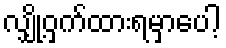
လျှို့ဝှက်ထားရမှာပေါ့